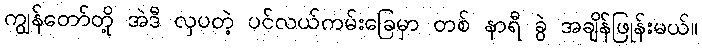
ကျွန်တော်တို့ အဲဒီ လှပတဲ့ ပင်လယ်ကမ်းခြေမှာ တစ် နာရီ ခွဲ အချိန်ဖြုန်းမယ်။